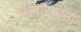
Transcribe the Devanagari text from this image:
नागाराधना